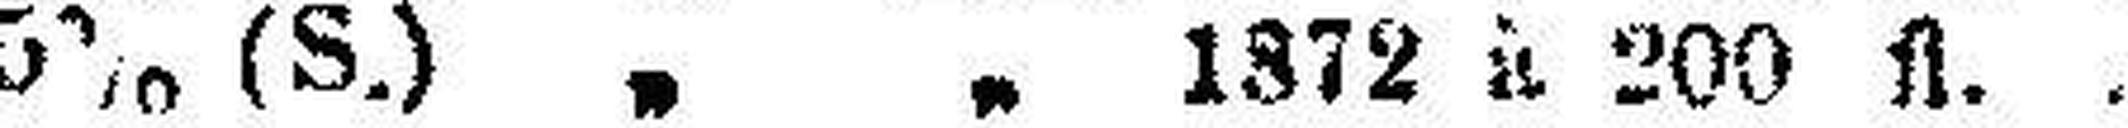
5% (S.) „ 1872 à 200 fl.